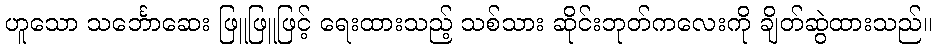
ဟူသော သင်္ဘောဆေး ဖြူဖြူဖြင့် ရေးထားသည့် သစ်သား ဆိုင်းဘုတ်ကလေးကို ချိတ်ဆွဲထားသည်။